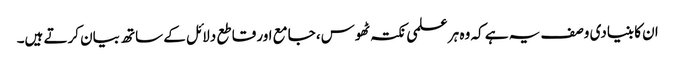
ان کا بنیادی وصف یہ ہے کہ وہ ہر علمی نکتہ ٹھوس، جامع اور قاطع دلائل کے ساتھ بیان کرتے ہیں۔